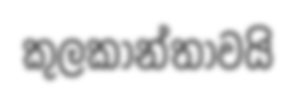
කුලකාන්තාවයි